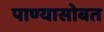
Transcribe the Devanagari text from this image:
पाण्‍यासोबत